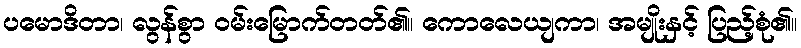
ပမောဒိတာ၊ လွန်စွာ ဝမ်းမြောက်တတ်၏။ ကောလေယျကာ၊ အမျိုးနှင့် ပြည့်စုံ၏။